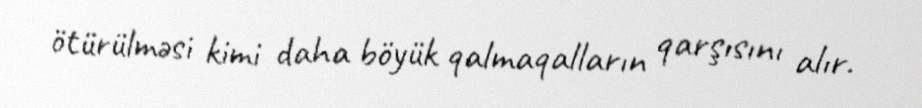
ötürülməsi kimi daha böyük qalmaqalların qarşısını alır.